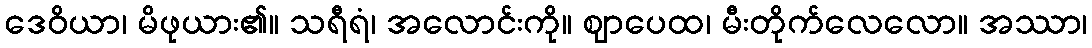
ဒေဝိယာ၊ မိဖုယား၏။ သရီရံ၊ အလောင်းကို။ ဈာပေထ၊ မီးတိုက်လေလော။ အဿာ၊